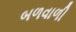
બળવાળી